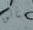
متأنق